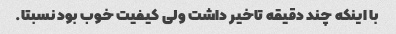
با اینکه چند دقیقه تاخیر داشت ولی کیفیت خوب بود نسبتا.